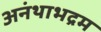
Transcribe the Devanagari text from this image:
अनंथाभद्रम